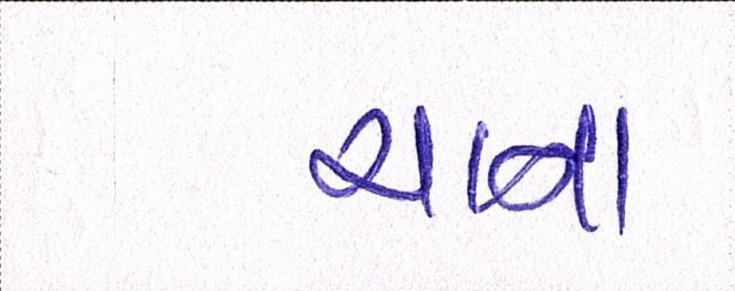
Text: ચાના